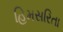
હિમસરિતા